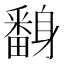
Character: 𨊃